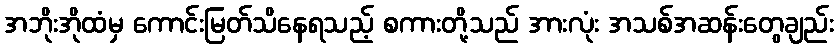
အဘိုးအိုထံမှ ကောင်းမြတ်သိနေရသည့် စကားတို့သည် အားလုံး အသစ်အဆန်းတွေချည်း